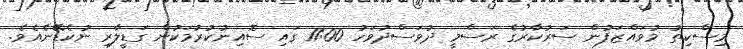
މިސްކިތު މުވައްޒަފުން ސަރުކާރުގެ ރަސްމީ ދުވަސްދުވަހު 11:00 ގައި ސޮއިނުކުރުމަކުން ގަޑީލާރި ނުކެޑޭނެއެވެ.